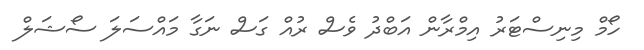
ހޯމް މިނިސްޓަރު އިމްރާން އަބްދު ވެސް ރުއް ގަސް ނަގާ މައްސަލަ ސޯޝަލް